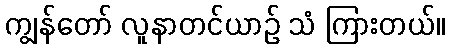
ကျွန်တော် လူနာတင်ယာဉ် သံ ကြားတယ်။